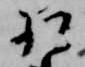
相